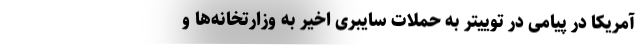
آمریکا در پیامی در توییتر به حملات سایبری اخیر به وزارتخانه‌ها و